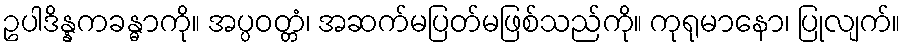
ဥပါဒိန္နကခန္ဓာကို။ အပ္ပဝတ္တံ၊ အဆက်မပြတ်မဖြစ်သည်ကို။ ကုရုမာနော၊ ပြုလျက်။